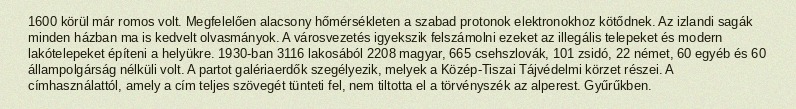
1600 körül már romos volt. Megfelelően alacsony hőmérsékleten a szabad protonok elektronokhoz kötődnek. Az izlandi sagák minden házban ma is kedvelt olvasmányok. A városvezetés igyekszik felszámolni ezeket az illegális telepeket és modern lakótelepeket építeni a helyükre. 1930-ban 3116 lakosából 2208 magyar, 665 csehszlovák, 101 zsidó, 22 német, 60 egyéb és 60 állampolgárság nélküli volt. A partot galériaerdők szegélyezik, melyek a Közép-Tiszai Tájvédelmi körzet részei. A címhasználattól, amely a cím teljes szövegét tünteti fel, nem tiltotta el a törvényszék az alperest. Gyűrűkben.